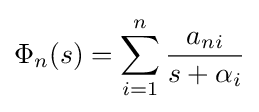
\Phi _{n}(s)=\sum _{i=1}^{n}{\frac {a_{ni}}{s+\alpha _{i}}}